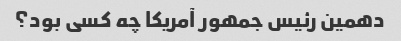
دهمین رئیس جمهور آمریکا چه کسی بود؟